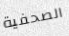
الصحفية